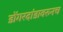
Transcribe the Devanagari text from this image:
डोंगरदांडावरुनच